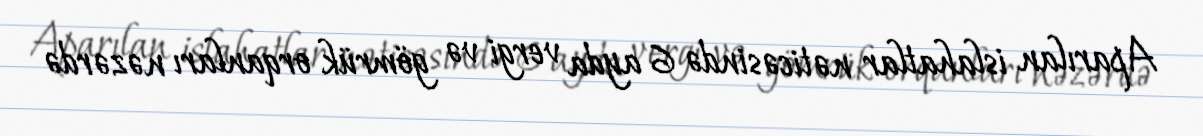
Aparılan islahatlar nəticəsində 6 ayda vergi və gömrük orqanları nəzərdə